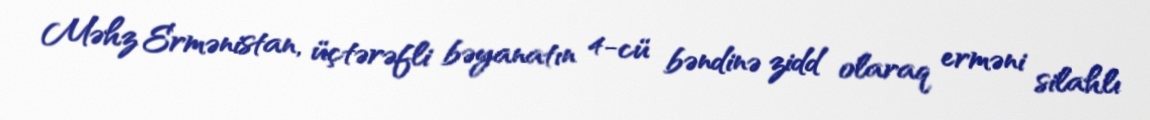
Məhz Ermənistan, üçtərəfli bəyanatın 4-cü bəndinə zidd olaraq erməni silahlı